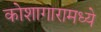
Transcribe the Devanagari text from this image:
कोशागारामध्ये